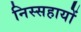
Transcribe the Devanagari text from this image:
निस्सहायों